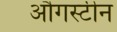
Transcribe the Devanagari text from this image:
औगस्टीन